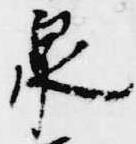
泉